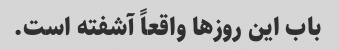
باب این روزها واقعاً آشفته است.